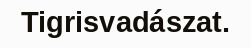
Tigrisvadászat.